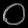
Digit: ၀